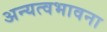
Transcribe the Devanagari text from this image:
अन्यत्वभावना